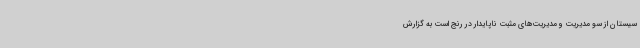
سیستان از سو مدیریت و مدیریت‌های مثبت ناپایدار در رنج است به گزارش